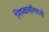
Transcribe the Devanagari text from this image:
निष्कर्षांमध्ये